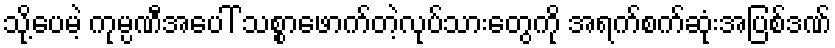
သို့ပေမဲ့ ကုမ္ပဏီအပေါ် သစ္စာဖောက်တဲ့လုပ်သားတွေကို အရက်စက်ဆုံးအပြစ်ဒဏ်